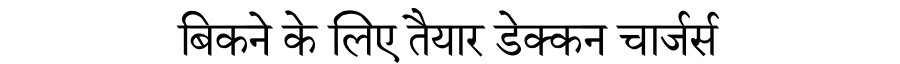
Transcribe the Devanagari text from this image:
बिकने के लिए तैयार डेक्कन चार्जर्स